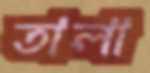
তালা